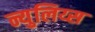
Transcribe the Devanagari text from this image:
न्युलिय्स